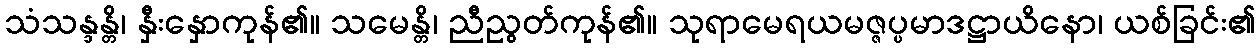
သံသန္ဒန္တိ၊ နှီးနှောကုန်၏။ သမေန္တိ၊ ညီညွတ်ကုန်၏။ သုရာမေရယမဇ္ဇပ္ပမာဒဋ္ဌာယိနော၊ ယစ်ခြင်း၏